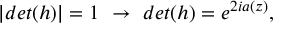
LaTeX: | d e t ( h ) | = 1 ~ \rightarrow ~ d e t ( h ) = e ^ { 2 i a ( z ) } ,